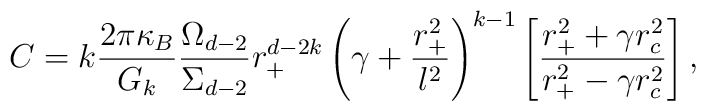
C=k\frac{2\pi \kappa _{B}}{G_{k}}\frac{\Omega _{d-2}}{\Sigma _{d-2}}r_{+}^{d-2k}\left( \gamma +\frac{r_{+}^{2}}{l^{2}}\right) ^{k-1}\left[ \frac{r_{+}^{2}+\gamma r_{c}^{2}}{r_{+}^{2}-\gamma r_{c}^{2}}\right] ,